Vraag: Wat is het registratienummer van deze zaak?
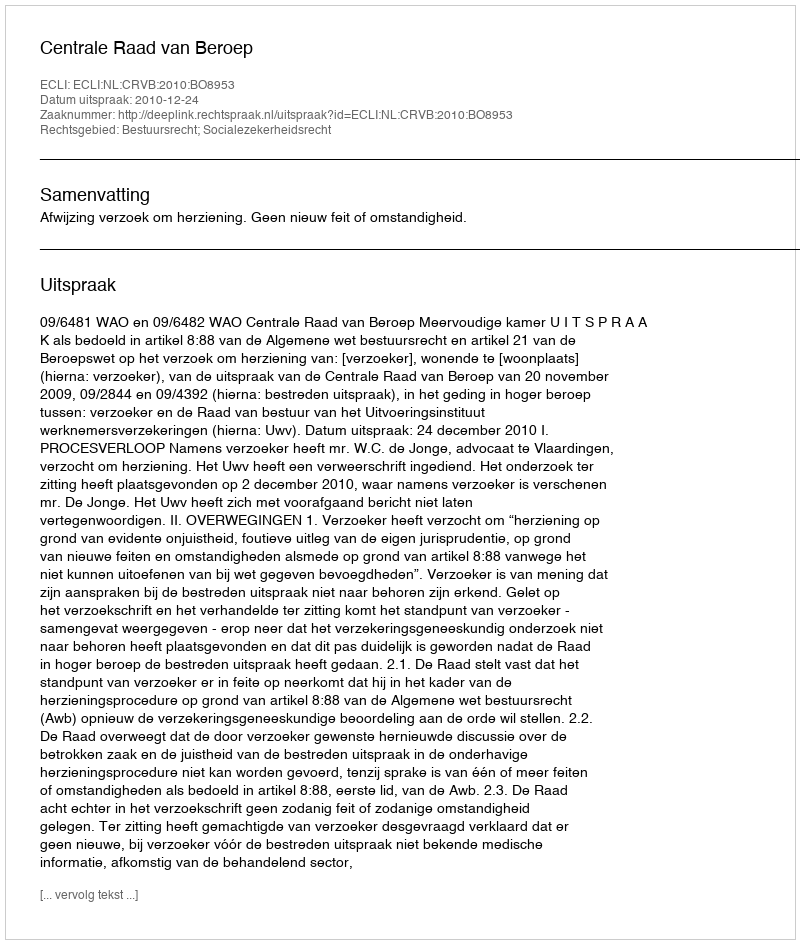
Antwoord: http://deeplink.rechtspraak.nl/uitspraak?id=ECLI:NL:CRVB:2010:BO8953